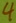
Text: 4